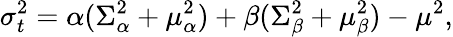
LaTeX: \sigma_{t}^{2}=\alpha(\Sigma_{\alpha}^{2}+\mu_{\alpha}^{2})+\beta(\Sigma_{\beta}^{2}+\mu_{\beta}^{2})-\mu^{2},